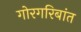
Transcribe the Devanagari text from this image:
गोरगरिबांत